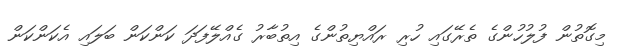
މިގޮތުން ފުލުހުންގެ ތެރޭގައި ހުރި ރައްޔިތުންގެ އިތުބާރު ގެއްލޭފަދަ ކަންކަން ބަލައި އެކަންކަން